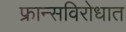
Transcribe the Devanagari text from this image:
फ्रान्सविरोधात